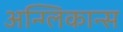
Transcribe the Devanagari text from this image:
अन्ग्लिकान्स